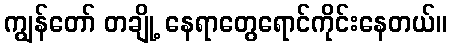
ကျွန်တော် တချို့ နေရာတွေရောင်ကိုင်းနေတယ်။